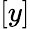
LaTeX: [y]